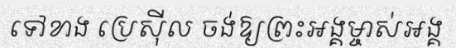
ទៅខាង ប្រេស៊ីល ចង់ឱ្យព្រះអង្គម្ចាស់អង្គ